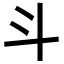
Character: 斗